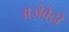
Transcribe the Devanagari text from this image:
अज़ेवेदो